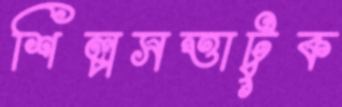
শিল্পসত্তাটুক